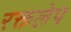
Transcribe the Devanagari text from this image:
रक्तलेप